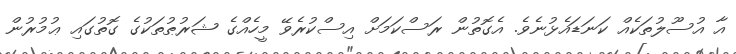
އާ އުސޫލުތަކެއް ކަނަޑައެޅުނެވެ. އެގޮތުން ރަސްކަމަށް އިސްކުރެވޭ މީހެއްގެ ޝަރުޠުތަކުގެ ގޮތުގައި ޢުމުރުން